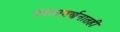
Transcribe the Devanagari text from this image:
प्रवासवर्णनातही